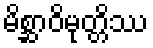
မိစ္ဆာဝိမုတ္တိဿ